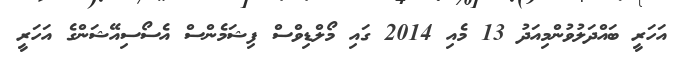
އަހަރީ ބައްދަލުވުންމިއަދު 13 މެއި 2014 ގައި މޯލްޑިވްސް ފިޝަމެންސް އެސޯސިއޭޝަންގެ އަހަރީ